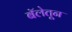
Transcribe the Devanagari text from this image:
बॅलेतून